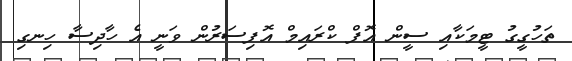
ތަހުގީގު ޓީމަކާއި ސީން އޮފް ކްރައިމް އޮފިސަރުން ވަނީ އެ ހާދިސާ ހިނގި